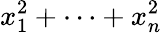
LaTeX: x_{1}^{2}+\cdots+x_{n}^{2}